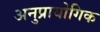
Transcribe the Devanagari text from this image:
अनुप्रायोगिक